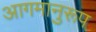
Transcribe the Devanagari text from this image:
आगमानुरूप